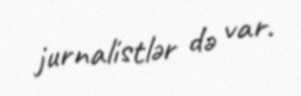
jurnalistlər də var.